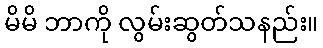
မိမိ ဘာကို လွမ်းဆွတ်သနည်း။